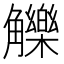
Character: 觻